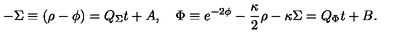
- \Sigma \equiv ( \rho - \phi ) = Q _ { \Sigma } t + A , \quad \Phi \equiv e ^ { - 2 \phi } - { \frac { \kappa } { 2 } } \rho - \kappa \Sigma = Q _ { \Phi } t + B .